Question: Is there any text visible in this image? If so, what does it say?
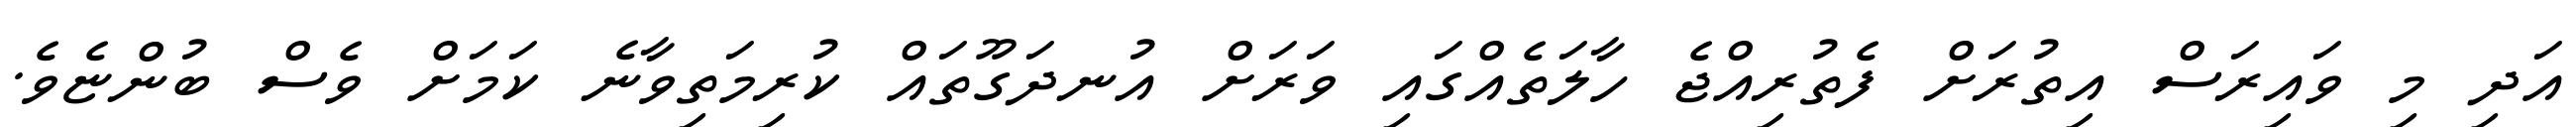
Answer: އަދި މި ވައިރަސް އިތުރަށް ފެތުރިއްޖެ ހާލަތެއްގައި ވަރަށް އުނދަގޫތައް ކުރިމަތިވާނެ ކަމަށް ވެސް ބުންޏެވެ.